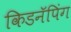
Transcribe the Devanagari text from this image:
किडनॅपिंग